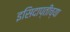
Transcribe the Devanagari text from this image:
इसिदाप्तीच्या